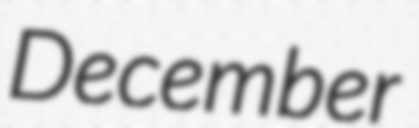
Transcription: December